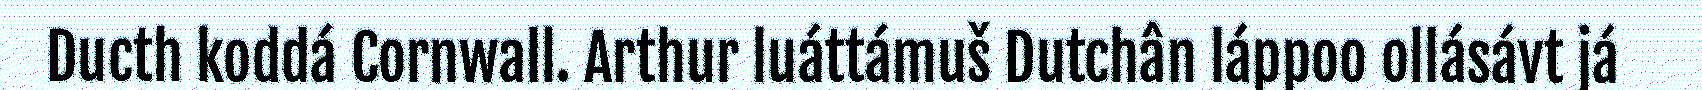
Ducth koddá Cornwall. Arthur luáttámuš Dutchân láppoo ollásávt já